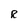
Character: R